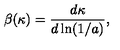
\beta ( \kappa ) = { \frac { d \kappa } { d \ln ( 1 / a ) } } ,